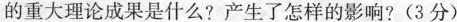
的重大理论成果是什么? 产生了怎样的影响? (3分)